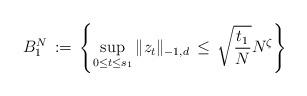
LaTeX: \begin{align*} B^N_1\, :=\, \left\{\sup_{0\leq t\leq s_1} \Vert z_t\Vert_{-1,d}\, \leq\, \sqrt{\frac{t_1}{N}}N^\zeta\right\}\end{align*}